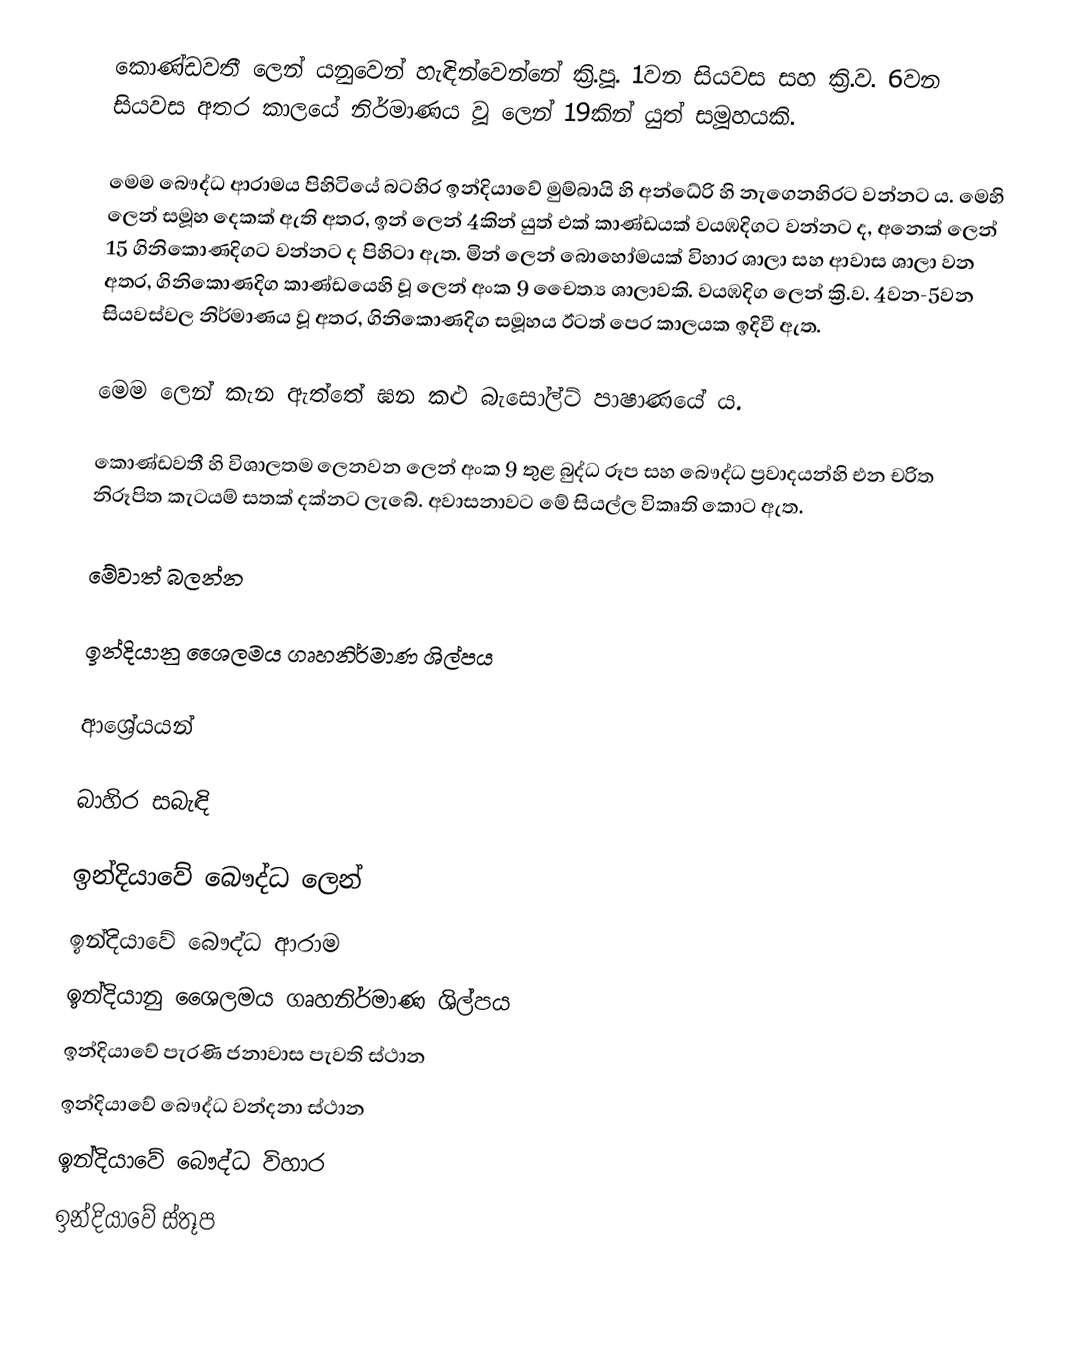
කොණ්ඩවතී ලෙන් යනුවෙන් හැඳින්වෙන්නේ ක්‍රි.පූ. 1වන සියවස සහ ක්‍රි.ව. 6වන සියවස අතර කාලයේ නිර්මාණය වූ ලෙන් 19කින් යුත් සමූහයකි.

මෙම බෞද්ධ ආරාමය පිහිටියේ බටහිර ඉන්දියාවේ මුම්බායි හි අන්ධේරි හි නැගෙනහිරට වන්නට ය. මෙහි ලෙන් සමූහ දෙකක් ඇති අතර, ඉන් ලෙන් 4කින් යුත් එක් කාණ්ඩයක්  වයඹදිගට වන්නට ද, අනෙක් ලෙන් 15 ගිනිකොණදිගට වන්නට ද පිහිටා ඇත. මින් ලෙන් බොහෝමයක් විහාර ශාලා සහ ආවාස ශාලා වන අතර, ගිනිකොණදිග කාණ්ඩයෙහි වූ ලෙන් අංක 9 චෛත්‍ය ශාලාවකි. වයඹදිග ලෙන් ක්‍රි.ව. 4වන-5වන සියවස්වල නිර්මාණය වූ අතර, ගිනිකොණදිග සමූහය ඊටත් පෙර කාලයක ඉදිවී ඇත.

මෙම ලෙන් කැන ඇත්තේ ඝන කළු බැසෝල්ට් පාෂාණයේ ය.

කොණ්ඩවතී හි විශාලතම ලෙනවන ලෙන් අංක 9 තුළ බුද්ධ රූප සහ බෞද්ධ ප්‍රවාදයන්හි එන චරිත නිරූපිත කැටයම් සතක් දක්නට ලැබේ. අවාසනාවට මේ සියල්ල විකෘති කොට ඇත.

මේවාත් බලන්න

 ඉන්දියානු ශෛලමය ගෘහනිර්මාණ ශිල්පය

ආශ්‍රේයයන්

බාහිර සබැඳි

ඉන්දියාවේ බෞද්ධ ලෙන්
ඉන්දියාවේ බෞද්ධ ආරාම
ඉන්දියානු ශෛලමය ගෘහනිර්මාණ ශිල්පය
ඉන්දියාවේ පැරණි ජනාවාස පැවති ස්ථාන
ඉන්දියාවේ බෞද්ධ වන්දනා ස්ථාන
ඉන්දියාවේ බෞද්ධ විහාර
ඉන්දියාවේ ස්තූප